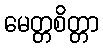
မေတ္တစိတ္တာ